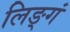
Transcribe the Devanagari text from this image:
लिङ्गं